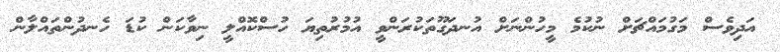
އަދިވެސް މަގުމައްޗަށް ނުކުމެ މީހުންނަށް އުނދަގޫތަކުރަންވީ އުމުރުތިޔަ ހުސްކޮއްލީ ނިވާކަން ކުޑަ ހެނދުންތައްލާން